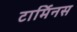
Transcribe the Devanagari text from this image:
टार्मिनस